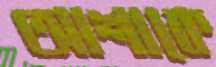
আশাকে